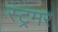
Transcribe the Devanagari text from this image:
स्ट्रमर